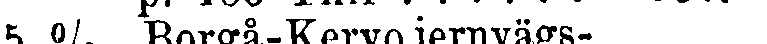
5 % Borgå-Kervojernvägs-